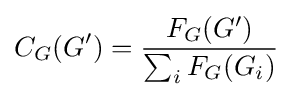
C_{G}(G^{\prime })={\frac {F_{G}(G^{\prime })}{\sum _{i}F_{G}(G_{i})}}